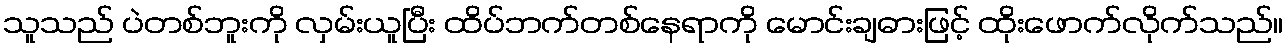
သူသည် ပဲတစ်ဘူးကို လှမ်းယူပြီး ထိပ်ဘက်တစ်နေရာကို မောင်းချဓားဖြင့် ထိုးဖောက်လိုက်သည်။